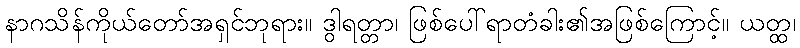
နာဂသိန်ကိုယ်တော်အရှင်ဘုရား။ ဒွါရတ္တာ၊ ဖြစ်ပေါ်ရာတံခါး၏အဖြစ်ကြောင့်။ ယတ္ထ၊